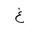
Letter: _gayn